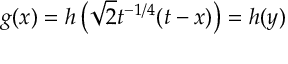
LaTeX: g ( x ) = h \left( \sqrt { 2 } t ^ { - 1 / 4 } ( t - x ) \right) = h ( y )